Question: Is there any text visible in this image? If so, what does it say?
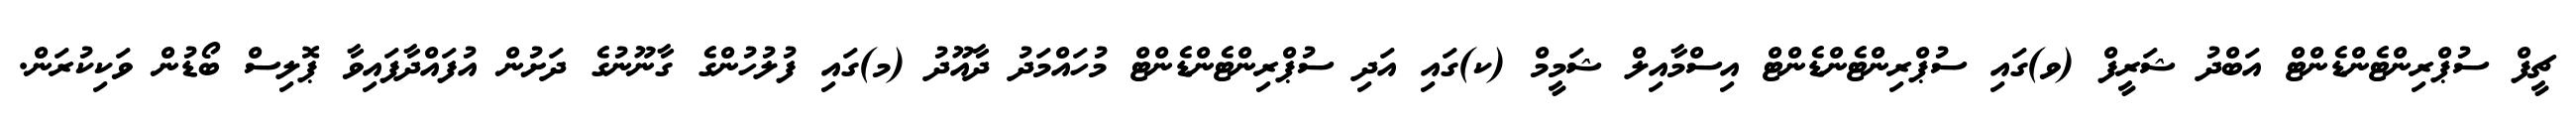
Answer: ޗީފް ސުޕްރިންޓެންޑެންޓް އަބްދު ޝަރީފް (ވ)ގައި ސުޕްރިންޓެންޑެންޓް އިސްމާއިލް ޝަމީމް (ކ)ގައި އަދި ސުޕްރިންޓެންޑެންޓް މުހައްމަދު ދާއޫދު (މ)ގައި ފުލުހުންގެ ގާނޫނުގެ ދަށުން އުފައްދާފައިވާ ޕޮލިސް ބޯޑުން ވަކިކުރަން.